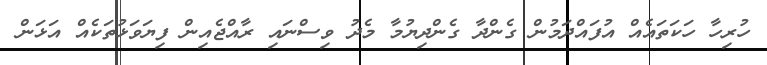
ހުރިހާ ހަކަތައެއް އުފައްދަމުން ގެންދާ ގެންދިޔުމާ މެދު ވިސްނައި ރާއްޖެއިން ފިޔަވަޅުތަކެއް އަޅަން